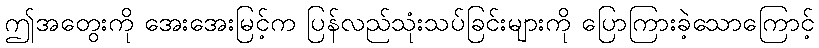
ဤအတွေးကို အေးအေးမြင့်က ပြန်လည်သုံးသပ်ခြင်းများကို ပြောကြားခဲ့သောကြောင့်